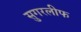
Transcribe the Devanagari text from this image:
सुगरलीफ